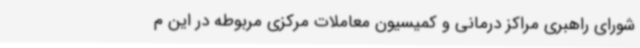
شورای راهبری مراکز درمانی و کمیسیون معاملات مرکزی مربوطه در این م